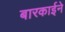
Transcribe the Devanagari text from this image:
बारकार्इने